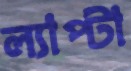
ল্যাপ্টা